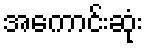
အကောင်းဆုံး